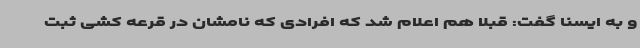
و به ایسنا گفت: قبلا هم اعلام شد که افرادی که نامشان در قرعه کشی ثبت